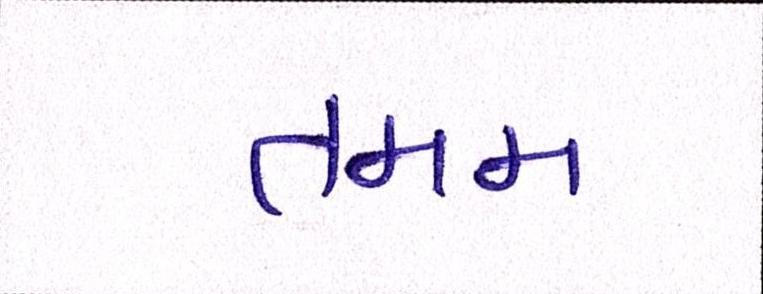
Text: તમમ